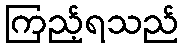
ကြည့်ရသည်